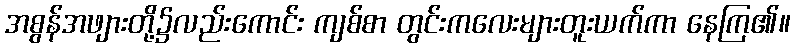
အစွန်အဖျားတို့၌လည်းကောင်း ကျစ်စာ တွင်းကလေးများတူးယက်ကာ နေကြ၏။